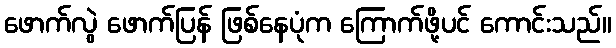
ဖောက်လွဲ ဖောက်ပြန် ဖြစ်နေပုံက ကြောက်ဖို့ပင် ကောင်းသည်။